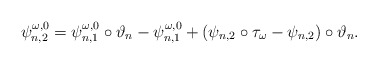
\begin{align*} \psi_{n,2}^{\omega,0}=\psi_{n,1}^{\omega,0}\circ\vartheta_n-\psi_{n,1}^{\omega,0}+(\psi_{n,2}\circ\tau_{\omega}-\psi_{n,2})\circ\vartheta_n. \end{align*}